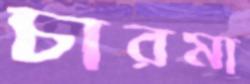
চারমা